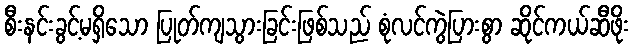
စီးနင်းခွင့်မရှိသော ပြုတ်ကျသွားခြင်းဖြစ်သည် စုံလင်ကွဲပြားစွာ ဆိုင်ကယ်ဆီဖိုး